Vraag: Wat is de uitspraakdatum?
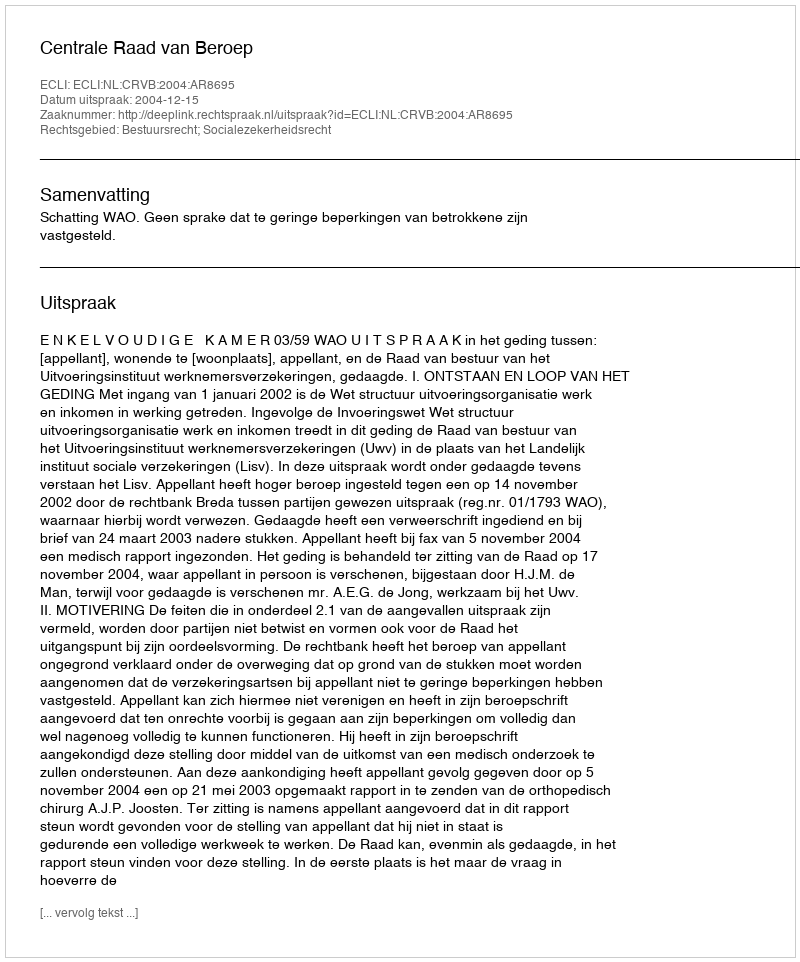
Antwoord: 2004-12-15